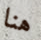
هنا